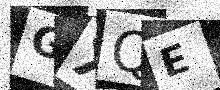
Text: GXQE